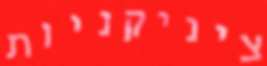
ציניקניות